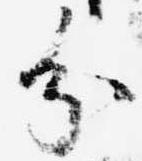
分